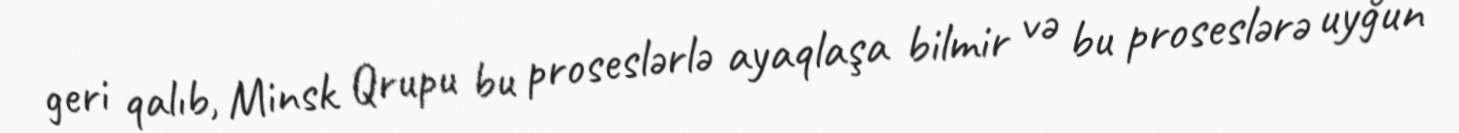
geri qalıb, Minsk Qrupu bu proseslərlə ayaqlaşa bilmir və bu proseslərə uyğun